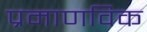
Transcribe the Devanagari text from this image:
प्रमाणविक